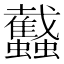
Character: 𧕾